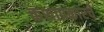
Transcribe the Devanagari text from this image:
कशाप्रकारचे